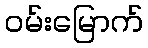
ဝမ်းမြောက်